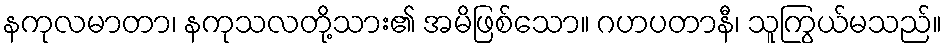
နကုလမာတာ၊ နကုသလတို့သား၏ အမိဖြစ်သော။ ဂဟပတာနီ၊ သူကြွယ်မသည်။